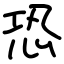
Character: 恐